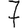
Digit: 7